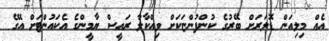
އެއް މިލިއަން ޑޮލަރަށް ބޭރުގެ ކުންފުންޏަކަށް ވިއްކާލާ ރައީސް ޔާމީންގެ އެކައުންޓަށް އޭގެ